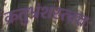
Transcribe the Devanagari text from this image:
क्रतुभ्रंशस्त्वत्तः